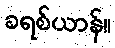
ခရစ်ယာန်။